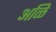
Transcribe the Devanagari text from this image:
अळि